Eesti_Rahvusfond, lk 150
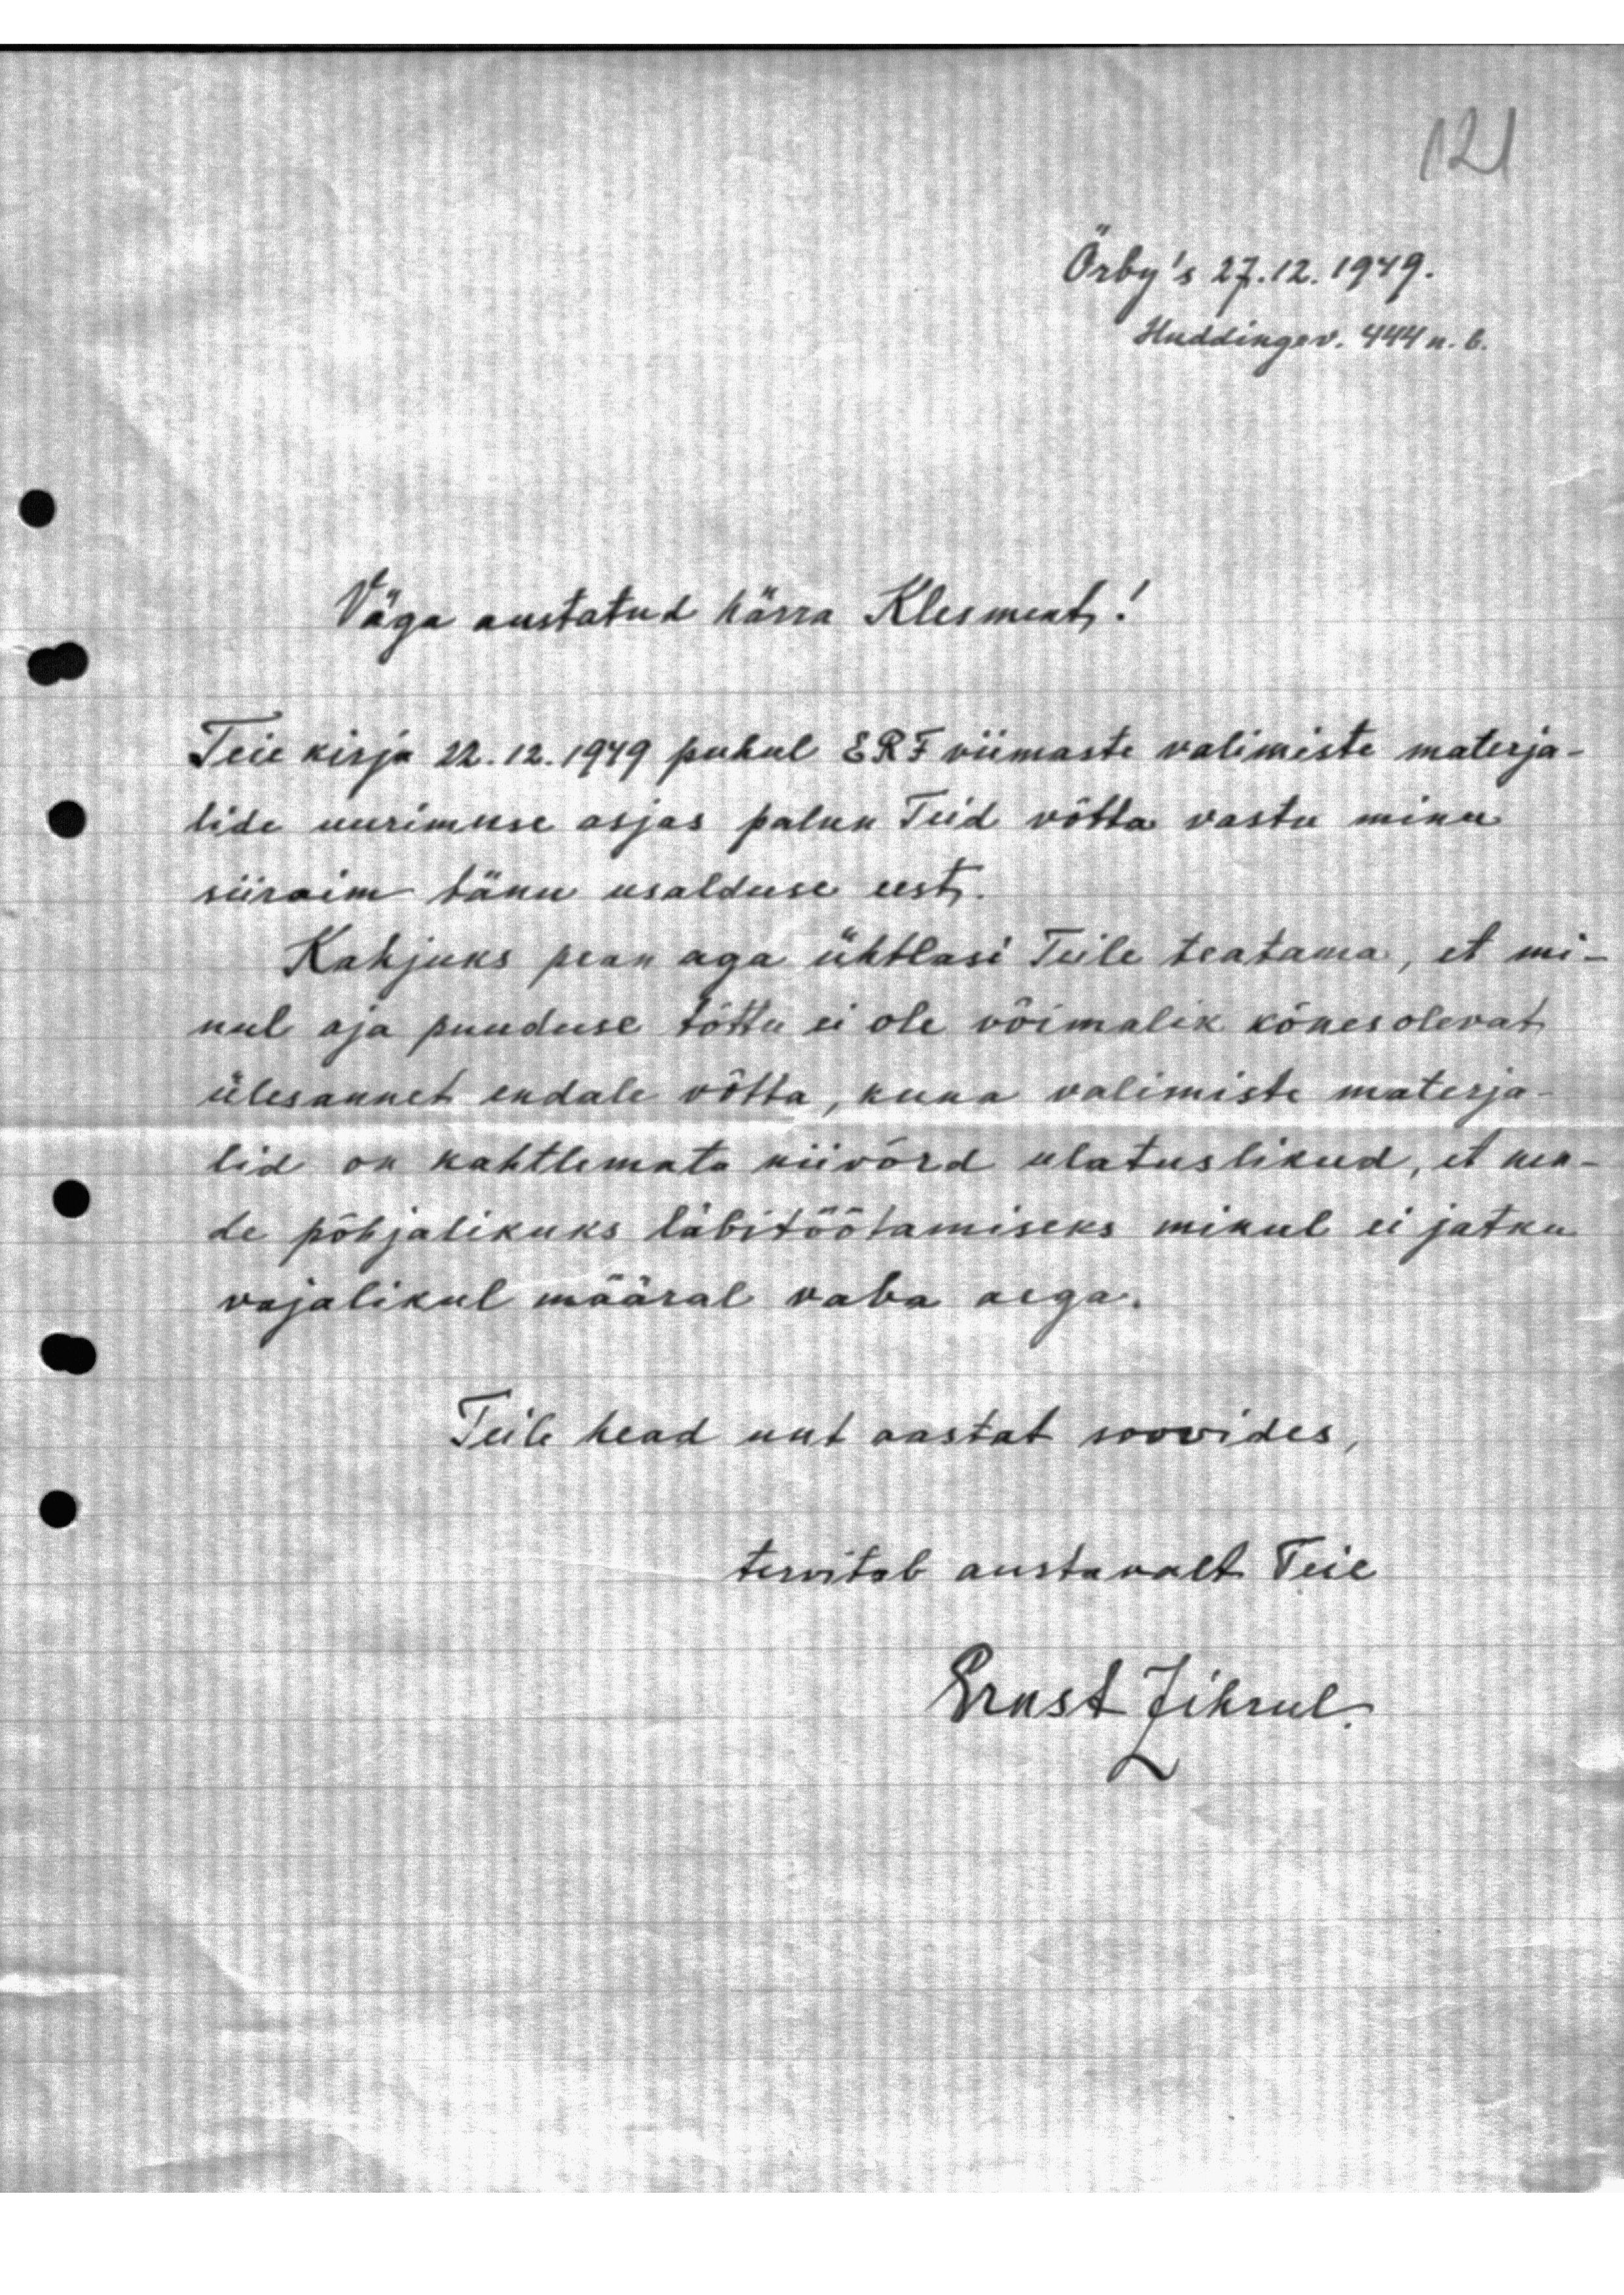
Örby's 27.12.1949.
Huddingev. 444 n. 6.
Väga austatud härra Klesments!
Teie kirju 22.12.1949 puhul ERF viimaste valimiste materja-
lide uurimuse asjas palun Teid võtta vastu minu
siiraim tänu usalduse eest.
Kahjuks pean aga ühtlasi Teile teatama, et mi-
nul aja puuduse tõttu ei ole võimalik kõnesolevat
ülesannet endale võtta, kuna valimiste materja-
lid on kahtlemata niivõrd ulatuslikud, et nen-
de põhjalikuks läbitöötamiseks minul ei jatku
vajalikul määral vaba aega.
Teile head uut aastat soovides,
tervitab austavalt Teie
Ernst Zihrul